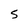
Character: 5